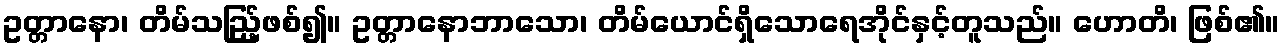
ဥတ္တာနော၊ တိမ်သည်ြ့ဖစ်၍။ ဥတ္တာနောဘာသော၊ တိမ်ယောင်ရှိသောရေအိုင်နှင့်တူသည်။ ဟောတိ၊ ဖြစ်၏။